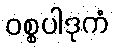
ဝစ္စပါဒုကံ